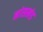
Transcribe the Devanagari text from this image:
मांसखंड